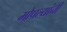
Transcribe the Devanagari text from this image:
मोपल्यांनी